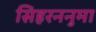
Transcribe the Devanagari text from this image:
सिहरननुमा